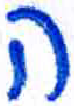
אות: ה